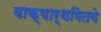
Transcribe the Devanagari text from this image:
वाक्यार्थमितये